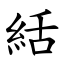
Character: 絬